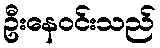
ဦးနေဝင်းသည်